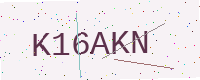
Text: K16AKN